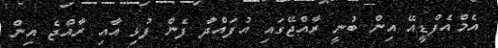
އެމްއެފްޑީއޭ އިން ބުނީ ރާއްޖޭގައި އުފައްދާ ފެން ފުޅި އާއި ރާއްޖެ އިން